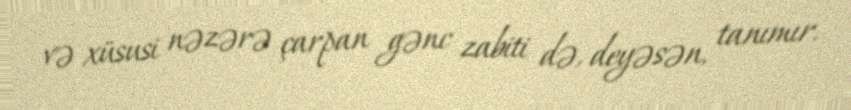
və xüsusi nəzərə çarpan gənc zabiti də, deyəsən, tanımır.